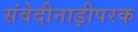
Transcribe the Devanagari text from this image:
संवेदीनाड़ीपरक